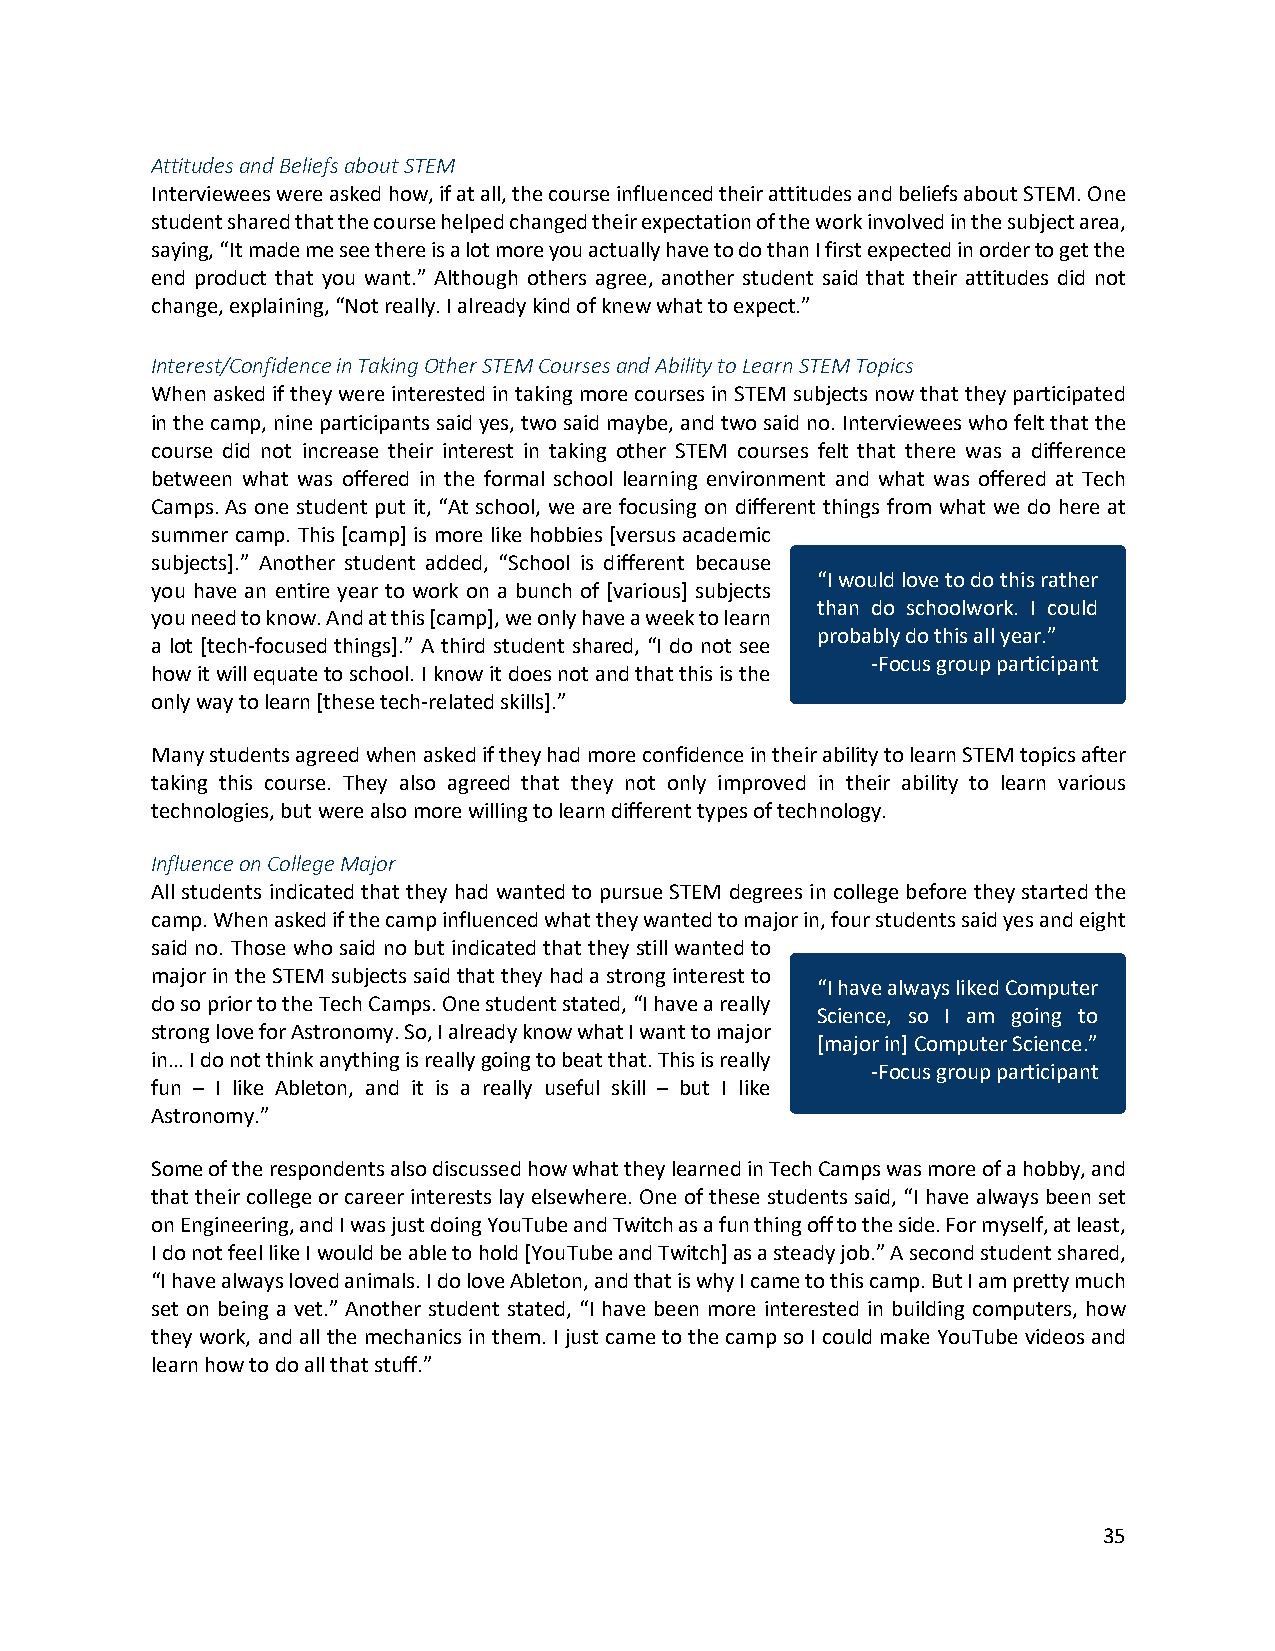
Attitudes and Beliefs about STEM
 Interviewees were asked how, if at all, the course influenced their attitudes and beliefs about STEM. One
 student shared that the course helped changed their expectation of the work involved in the subject area,
 saying, “It made me see there is a lot more you actually have to do than I first expected in order to get the
 end product that you want.” Although others agree, another student said that their attitudes did not
 change, explaining, “Not really. I already kind of knew what to expect.”
 Interest/Confidence in Taking Other STEM Courses and Ability to Learn STEM Topics
 When asked if they were interested in taking more courses in STEM subjects now that they participated
 in the camp, nine participants said yes, two said maybe, and two said no. Interviewees who felt that the
 course did not increase their interest in taking other STEM courses felt that there was a difference
 between what was offered in the formal school learning environment and what was offered at Tech
 Camps. As one student put it, “At school, we are focusing on different things from what we do here at
 summer camp. This [camp] is more like hobbies [versus academic
 subjects].” Another student added, “School is different because
 “I would love to do this rather
 you have an entire year to work on a bunch of [various] subjects
 than do schoolwork. I could
 you need to know. And at this [camp], we only have a week to learn
 probably do this all year.”
 a lot [tech-focused things].” A third student shared, “I do not see
 -Focus group participant
 how it will equate to school. I know it does not and that this is the
 only way to learn [these tech-related skills].”
 Many students agreed when asked if they had more confidence in their ability to learn STEM topics after
 taking this course. They also agreed that they not only improved in their ability to learn various
 technologies, but were also more willing to learn different types of technology.
 Influence on College Major
 All students indicated that they had wanted to pursue STEM degrees in college before they started the
 camp. When asked if the camp influenced what they wanted to major in, four students said yes and eight
 said no. Those who said no but indicated that they still wanted to
 major in the STEM subjects said that they had a strong interest to
 “I have always liked Computer
 do so prior to the Tech Camps. One student stated, “I have a really
 Science, so I am going to
 strong love for Astronomy. So, I already know what I want to major
 [major in] Computer Science.”
 in… I do not think anything is really going to beat that. This is really
 -Focus group participant
 fun – I like Ableton, and it is a really useful skill – but I like
 Astronomy.”
 Some of the respondents also discussed how what they learned in Tech Camps was more of a hobby, and
 that their college or career interests lay elsewhere. One of these students said, “I have always been set
 on Engineering, and I was just doing YouTube and Twitch as a fun thing off to the side. For myself, at least,
 I do not feel like I would be able to hold [YouTube and Twitch] as a steady job.” A second student shared,
 “I have always loved animals. I do love Ableton, and that is why I came to this camp. But I am pretty much
 set on being a vet.” Another student stated, “I have been more interested in building computers, how
 they work, and all the mechanics in them. I just came to the camp so I could make YouTube videos and
 learn how to do all that stuff.”
 35